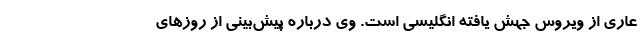
عاری از ویروس جهش یافته انگلیسی است. وی درباره پیش‌بینی از روزهای